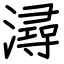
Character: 潯